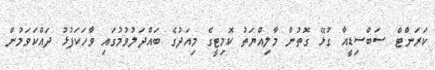
ކަރަންޓް ސަބްސިޑީއާ ގުޅޭ ގޮތުން މާލިއްޔަތު ކޮމިޓީގެ މިއަދުގެ ބައްދަލުވުމުގައި ވާހަކަފުޅު ދައްކަވަމުން